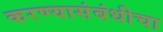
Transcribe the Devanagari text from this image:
करण्यासंबंधीचा